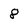
Character: 8